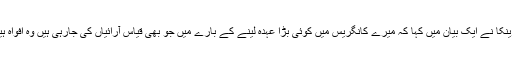
پرینکا نے ایک بیان میں کہا کہ میرے کانگریس میں کوئی بڑا عہدہ لینے کے بارے میں جو بھی قیاس آرائیاں کی جارہی ہیں وہ افواہ ہیں۔